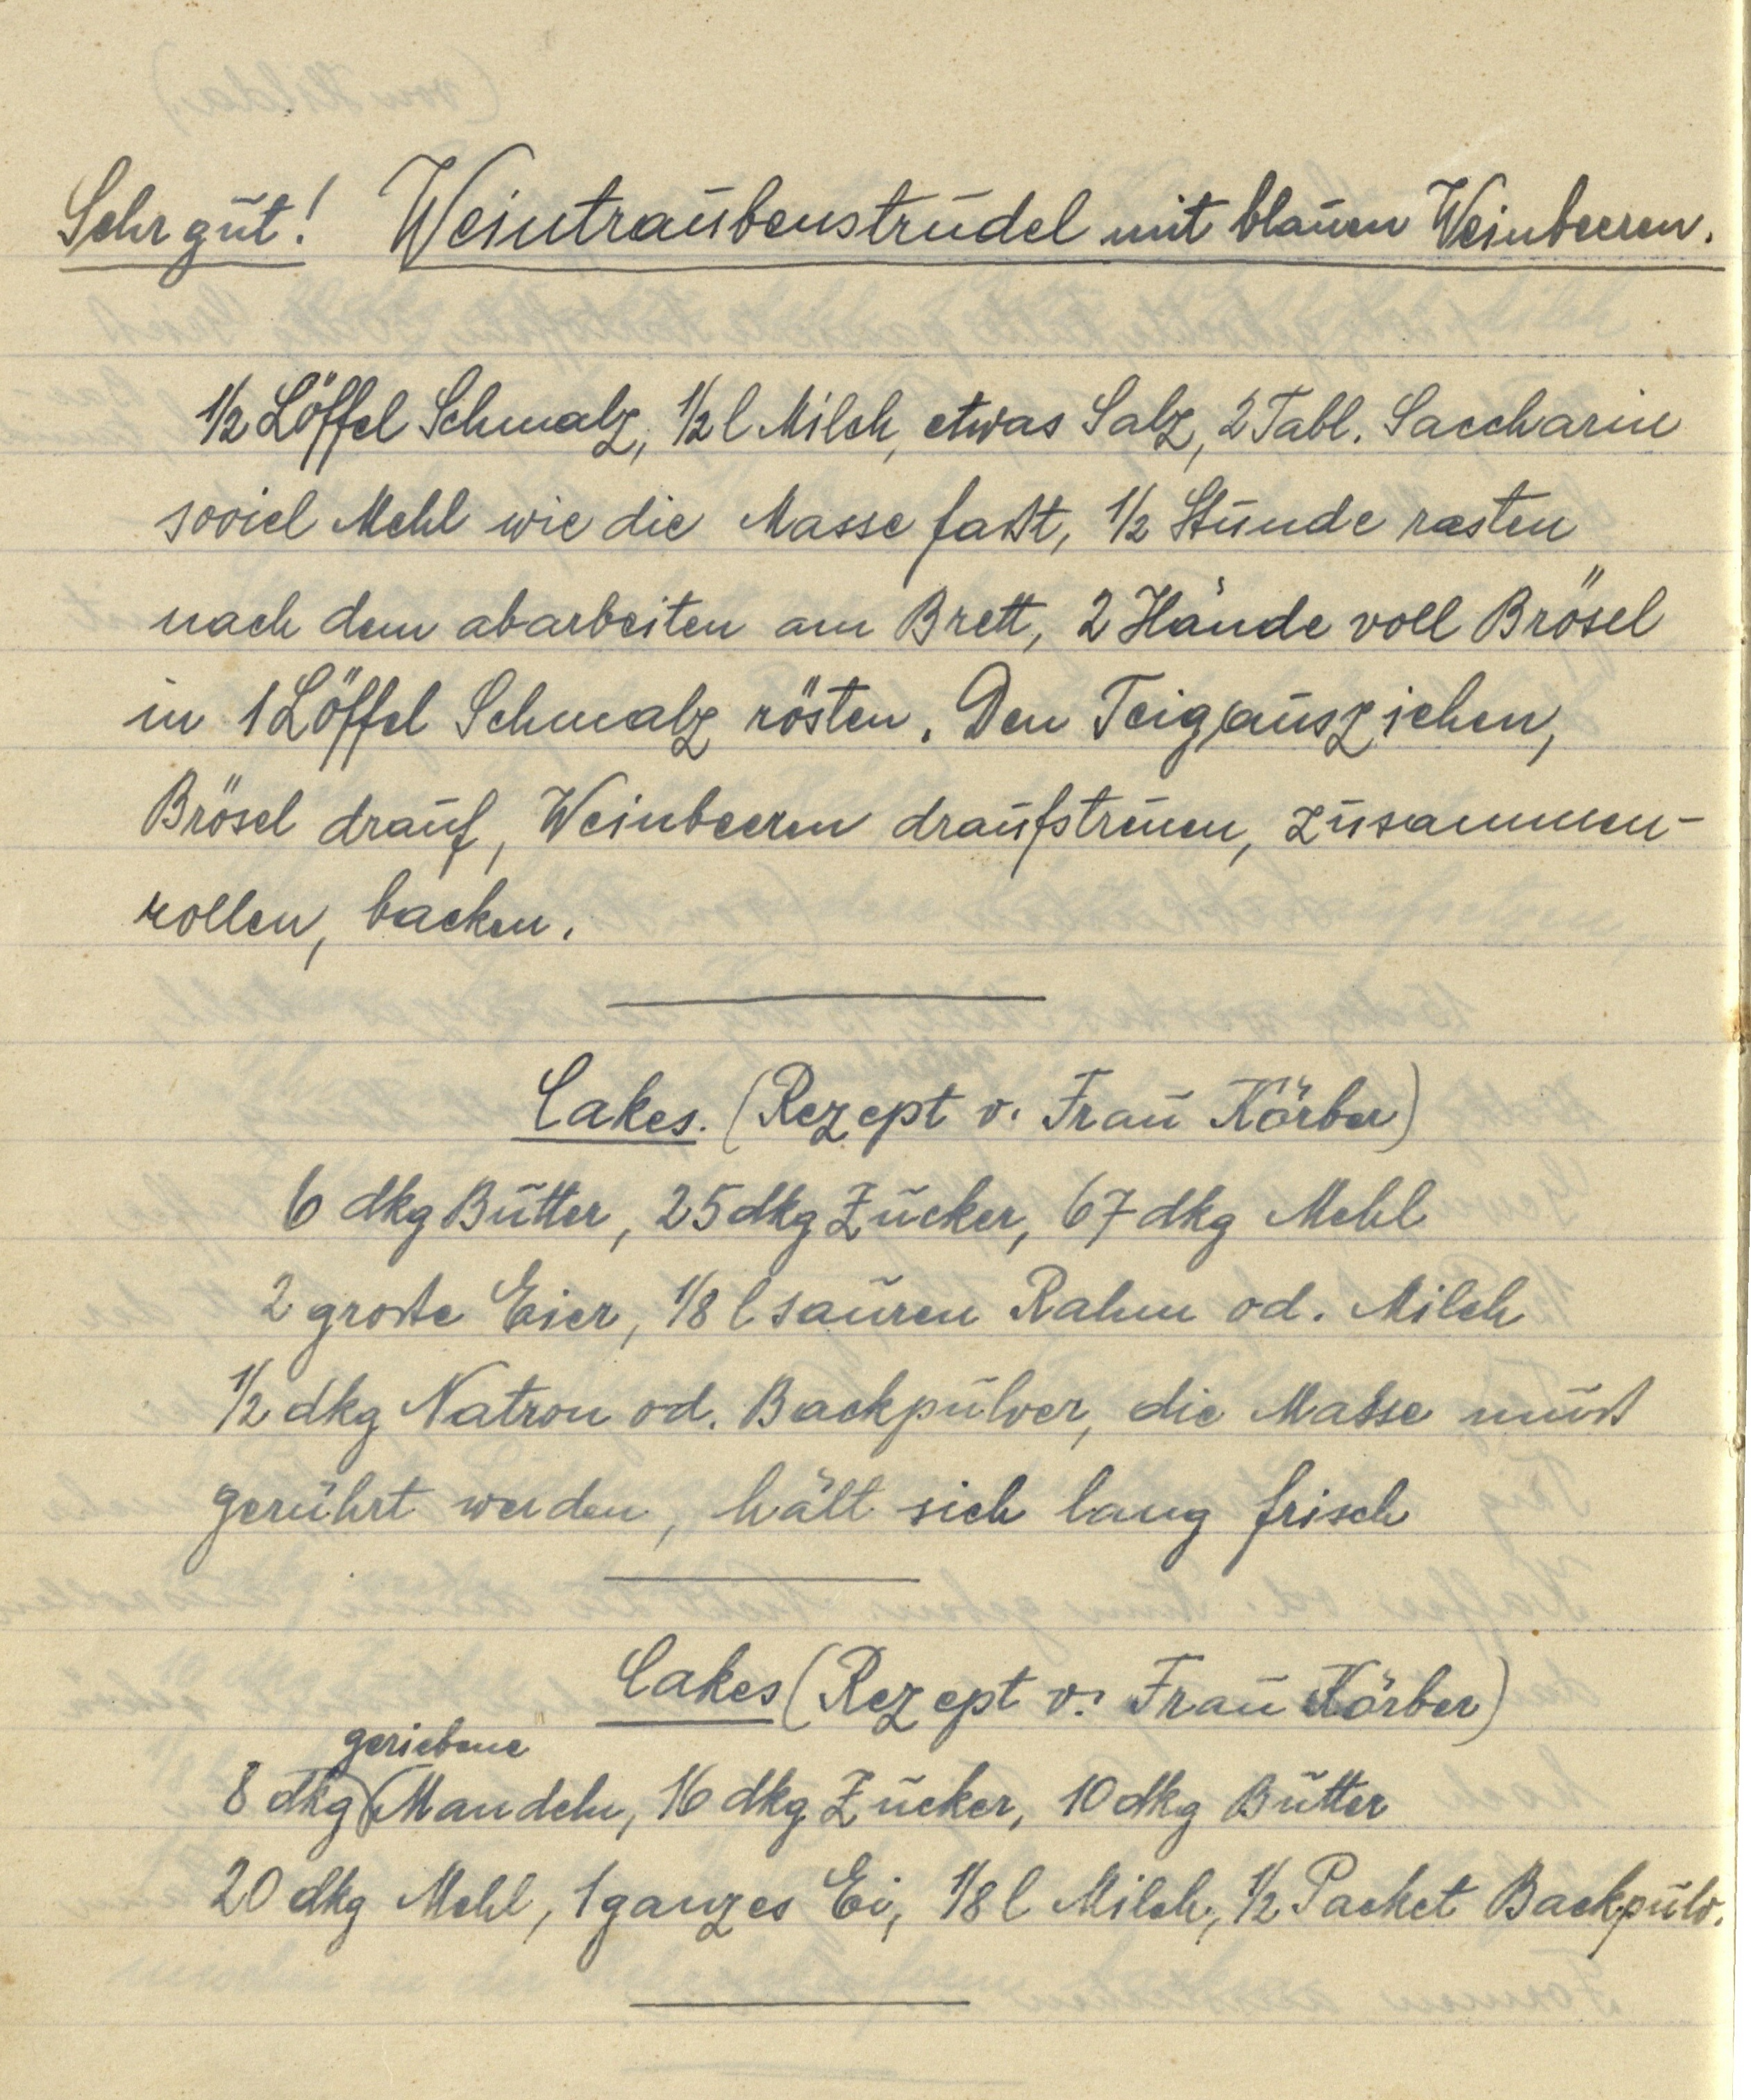
Sehr gut! Weintraubenstrudel mit blauen Weinbeeren.
½ Löffel Schmalz, ½ l Milch, etwas Salz, 2 Tabl. Saccharin
soviel Mehl wie die Masse faßt, ½ Stunde rasten
nach dem abarbeiten am Brett, 2 Hände voll Brösel
in 1 Löffel Schmalz rösten. Den Teig ausziehen,
Brösel drauf, Weinbeeren draufstreuen, zusammen¬
rollen, backen.

Cakes. (Rezept v. Frau Körber)
6 dkg Butter, 25 dkg Zucker, 67 dkg Mehl
2 große Eier, ⅛ l sauren Rahm od. Milch
½ dkg Natron od. Backpulver, die Masse muß
grührt werden, hält sich lange frisch

Cakes (Rezept v. Frau Körber)
8 dkg geriebene Mandeln, 16 dkg Zucker, 10 dkg Butter
20 dkg mehl, 1 ganzes Ei, ⅛ l Milch, ½ Packet Backpulv.